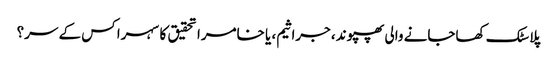
پلاسٹک کھاجانے والی پھپوند، جراثیم، یا خامرا تحقیق کا سہرا کس کے سر؟